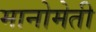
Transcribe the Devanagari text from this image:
मानोमेती